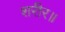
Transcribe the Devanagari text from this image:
शरीर॥